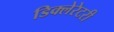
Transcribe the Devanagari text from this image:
डिक्लेरेटरी